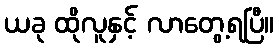
ယခု ထိုလူနှင့် လာတွေ့ရပြီ။